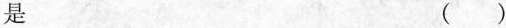
是 ( )